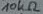
Text: 10kΩ